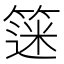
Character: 𫂗